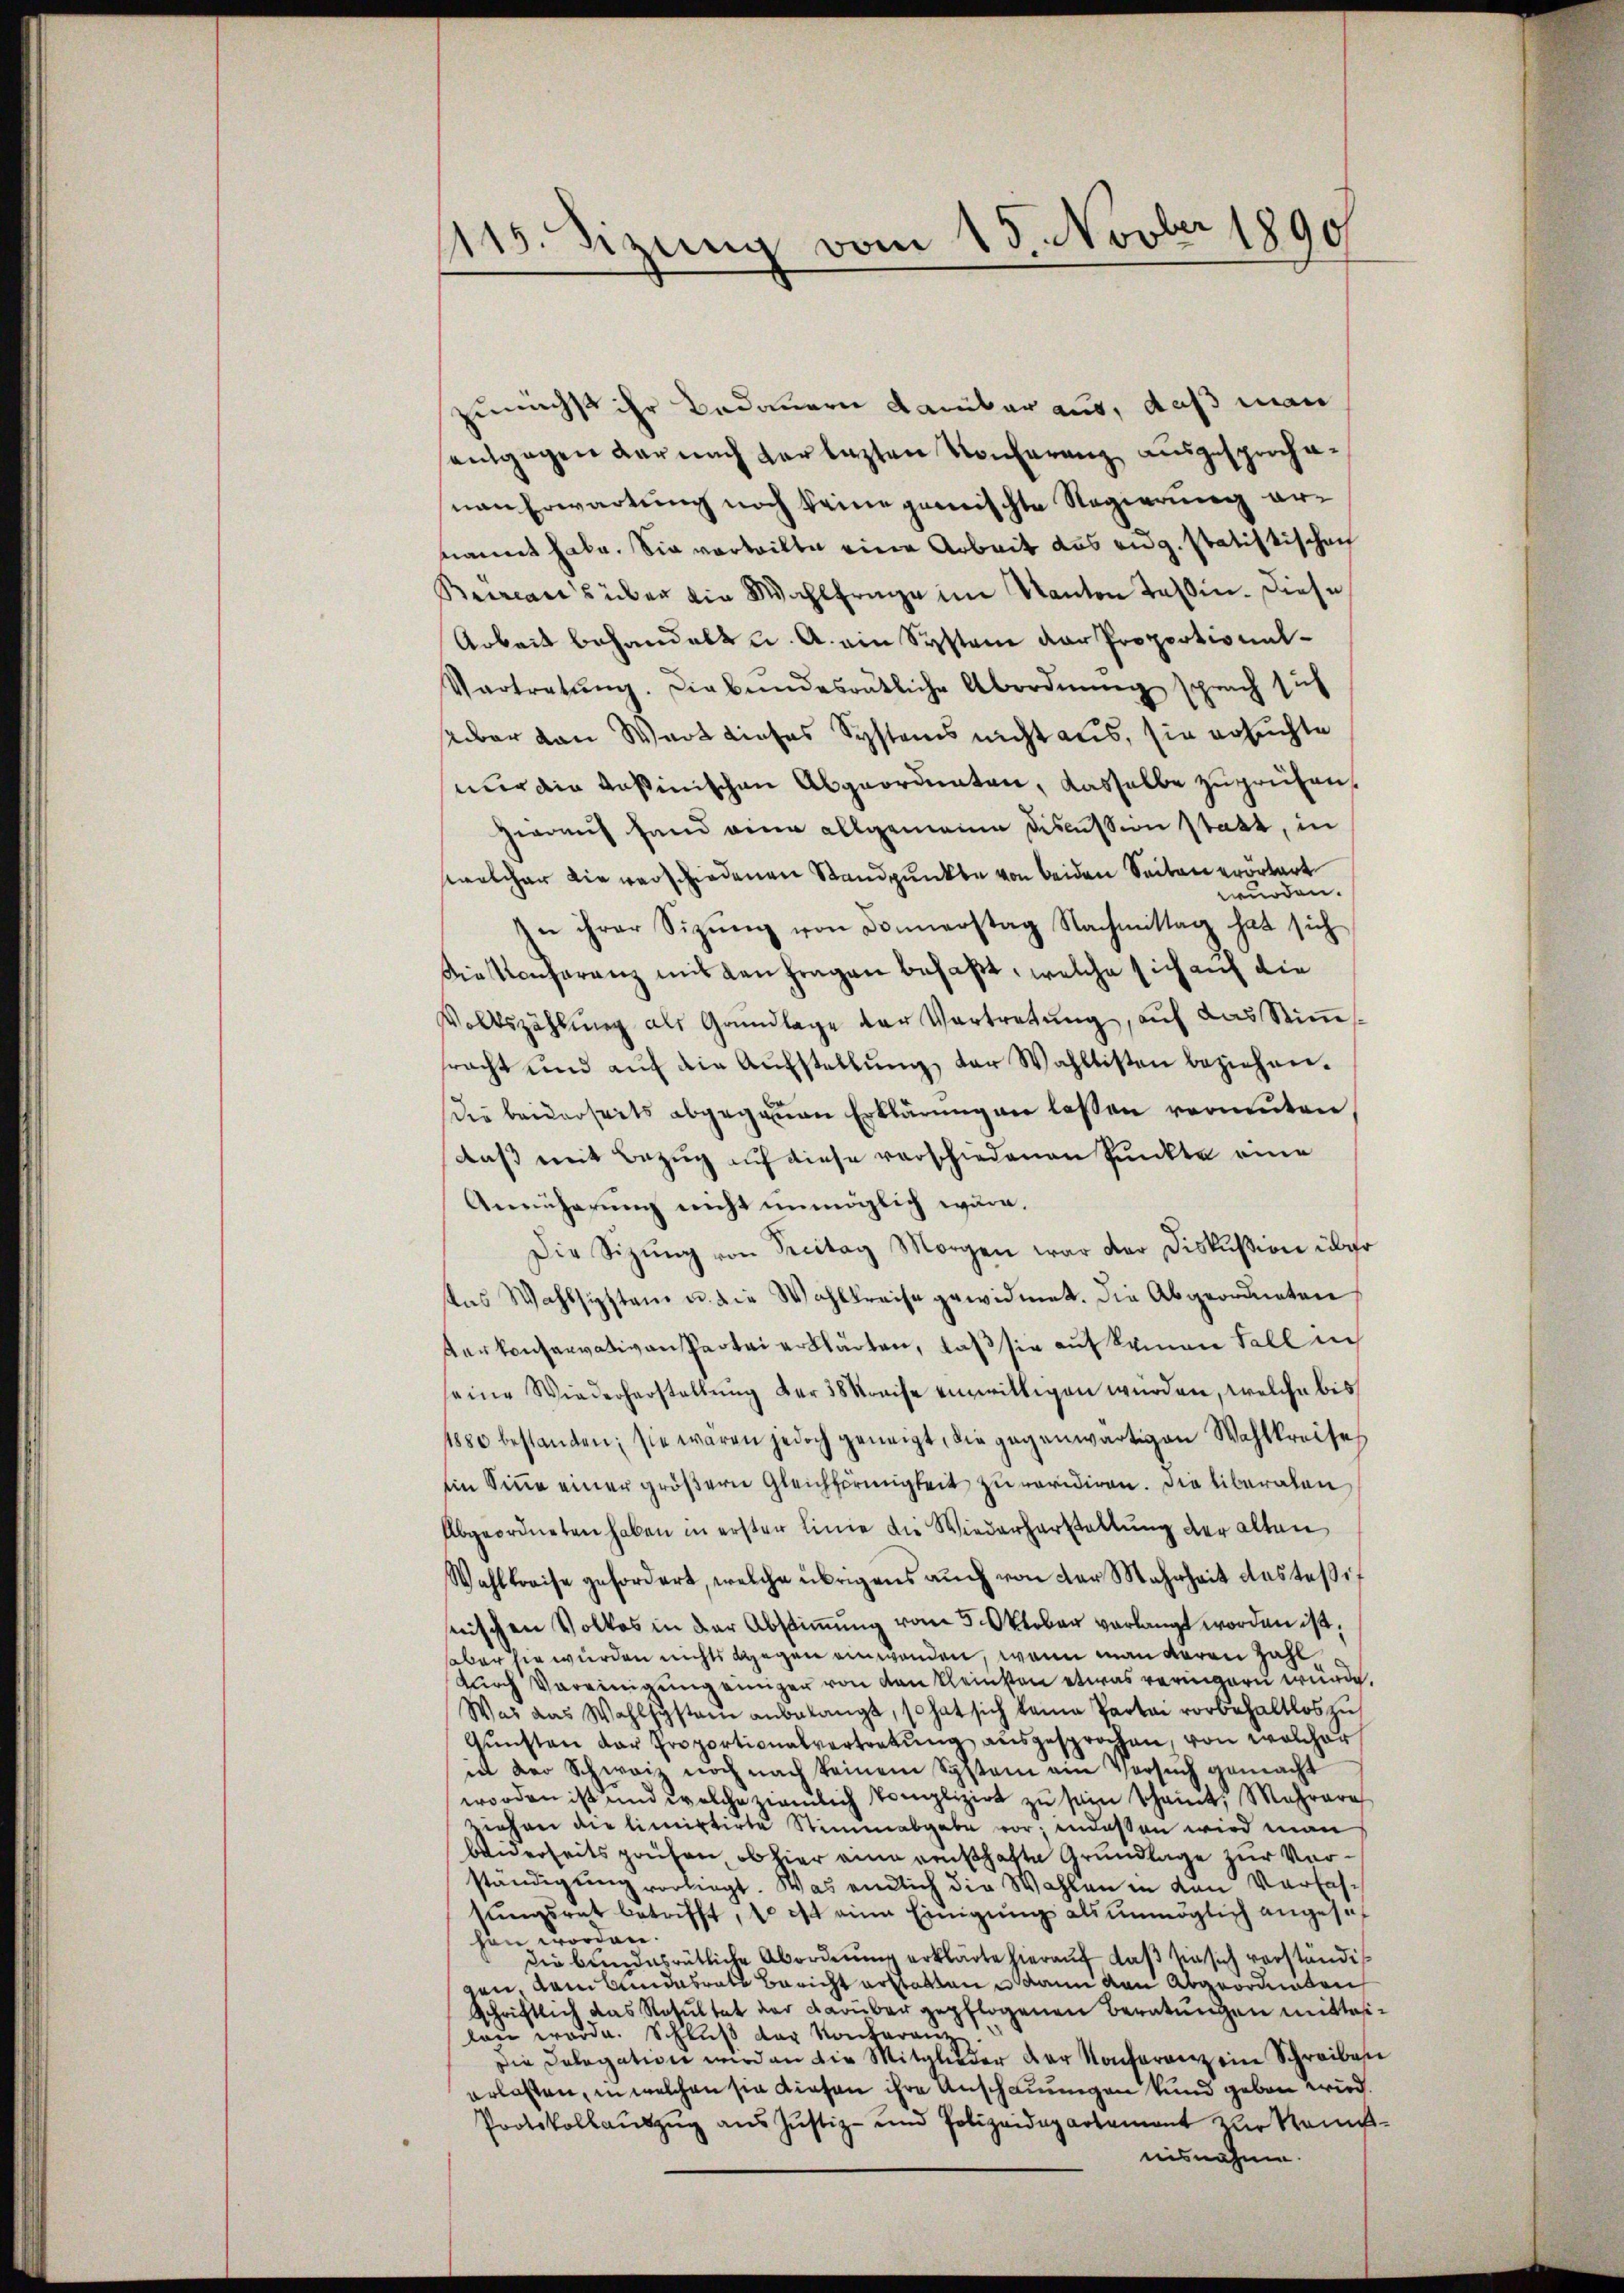
115. Sizung vom 15. Novber 1890

zunächst ihr Bedauern Kamber aus, daß man
entgegen darnach der lezten Konferenz ausgesprochenen Erwartung noch keine gemischte Regierung ernannt habe. Sie vorteilte eine Arbeit das eidg. statistischen
Beercan's über die Wahlfrage im Kanton Teßin. Diese
Arbeit behandelt u. A. ein System dar Proppotional¬
Vartretŭng. Diebundesrätliche Abordnung sprach sich
seber von Wort dieses Systems nicht aus, sie ersuchte
nur die Kasinischen Abgeordneten, dasselbe zuprüfen,
zwaih Hand eine allgemeine Discussion statt, in
welcher die verschiedenen Standpunkte von beiden Seiten erörtert
wurden.
n ihrer Sitzŭng von Donnerstag Nachmittag hat sich
Diekonferenz mit den fragen befaßt, welche sich auf die
Volkszählŭng als Grŭndlage der Vertretŭng aŭf das Stiṁ-
racht und aŭf die Aŭfstellŭng der Wahllisten beziehen.
Die beiderseits abgeganen Erklärung an laßen vermuten
daß mit Bezug auf diese verschiedenen Punkte eine
Annäherung nicht unmöglich wäre.
Die Sitzŭng von Secitag Morgen war der Diskußion über
kas Wahlsigsten u. die Wahlkreise gewidmet. Die Abgeordneten
terkonservativen Partei erklärten, daß sie auf keinen Fall in
seine Wiederherstellung der 38 Kreise einwilligen würden, welche bis
1880 bestanden; sie waren jedoch geneigt, die gegenwärtigen Wahlkreise
Ein Sinne einer größern Gleichförmigkeit zu revidiren. Die überalen
Abgeordneten haben in erster Linie die Wiederherstellung der alten
Wahlkreise gefordert, welche übrigens auch von der Mehrheit dasteif
nischen Volkes in der Abstimmung vom 5. Oktober verlangt worden ist.
aber sie wurden nichts gegen einwenden, wenn man voren Zahl
durch Vereinigung einiger von den kleinsten etwas veringern wurde.
Was das Wahlsystem anbelangt, so hat sich keine Partei vorbehaltlos zu
Gŭnsten der Proportionalvertretŭng aŭsgesprochen, von welcher
iet der Schweiz noch nach keinem System ein Versuch gemacht
worden ist und welche ziemlich komplizirt zu sein scheint, Mehrere
ziehen die limitirte Stimmabgabe vor; endessen wird man
Widerseits prüfen, ob hier eine reishafte Grundlage zur Vorständigung vorliegt. Was einlich die Wahlen in den Verfassungsrat betrifft, so ist eine Einigung als unmöglich angeseh
hen worden.
die bundesrätliche Abordnung erklärte hierauf, daß sie sich verständig
gen, Kainbundesrate Bericht erstatten u dann von Abgeordneten
Schriftlich das Resultat der Darüber gepflogenen Beratungen mitteilau wurde. Schlŭβ der Konkuranz
Die Delegation wird an die Mitglieder der Konterenz ein Schreiben
erlassen, in welchen sie diesen ihre Anschauungen und geben wird.
Protokollauszug aus Justiz- und Polizeidepartement zur Kenntnisnahme.